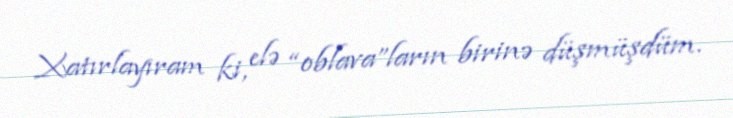
Xatırlayıram ki, elə “oblava”ların birinə düşmüşdüm.